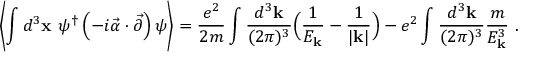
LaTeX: \left\langle \int d ^ { 3 } { \bf x } ~ \psi ^ { \dagger } \left( - i \vec { \alpha } \cdot \vec { \partial } \right) \psi \right\rangle = \frac { e ^ { 2 } } { 2 m } \int \frac { d ^ { 3 } { \bf k } } { ( 2 \pi ) ^ { 3 } } \Big ( \frac { 1 } { E _ { \bf k } } - \frac { 1 } { | { \bf k } | } \Big ) - e ^ { 2 } \int \frac { d ^ { 3 } { \bf k } } { ( 2 \pi ) ^ { 3 } } \frac { m } { E _ { \bf k } ^ { 3 } } \ .